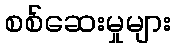
စစ်ဆေးမှုများ